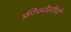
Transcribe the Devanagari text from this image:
फ्रीक्वेंसीयों